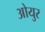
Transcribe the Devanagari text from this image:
ओयुर